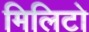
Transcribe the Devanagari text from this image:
मिलिटो